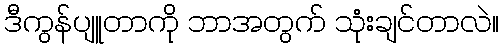
ဒီကွန်ပျူတာကို ဘာအတွက် သုံးချင်တာလဲ။